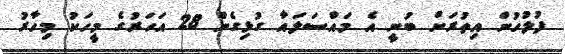
ފުލުހުން އިތުރަށް ބުނީ އެ މައްސަލައާ ގުޅިގެން 28 އަހަރުގެ މީހަކު މިހާރު